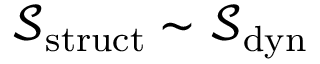
\ensuremath { \mathcal { S } } _ { \mathrm { s t r u c t } } \sim \ensuremath { \mathcal { S } } _ { \mathrm { d y n } }